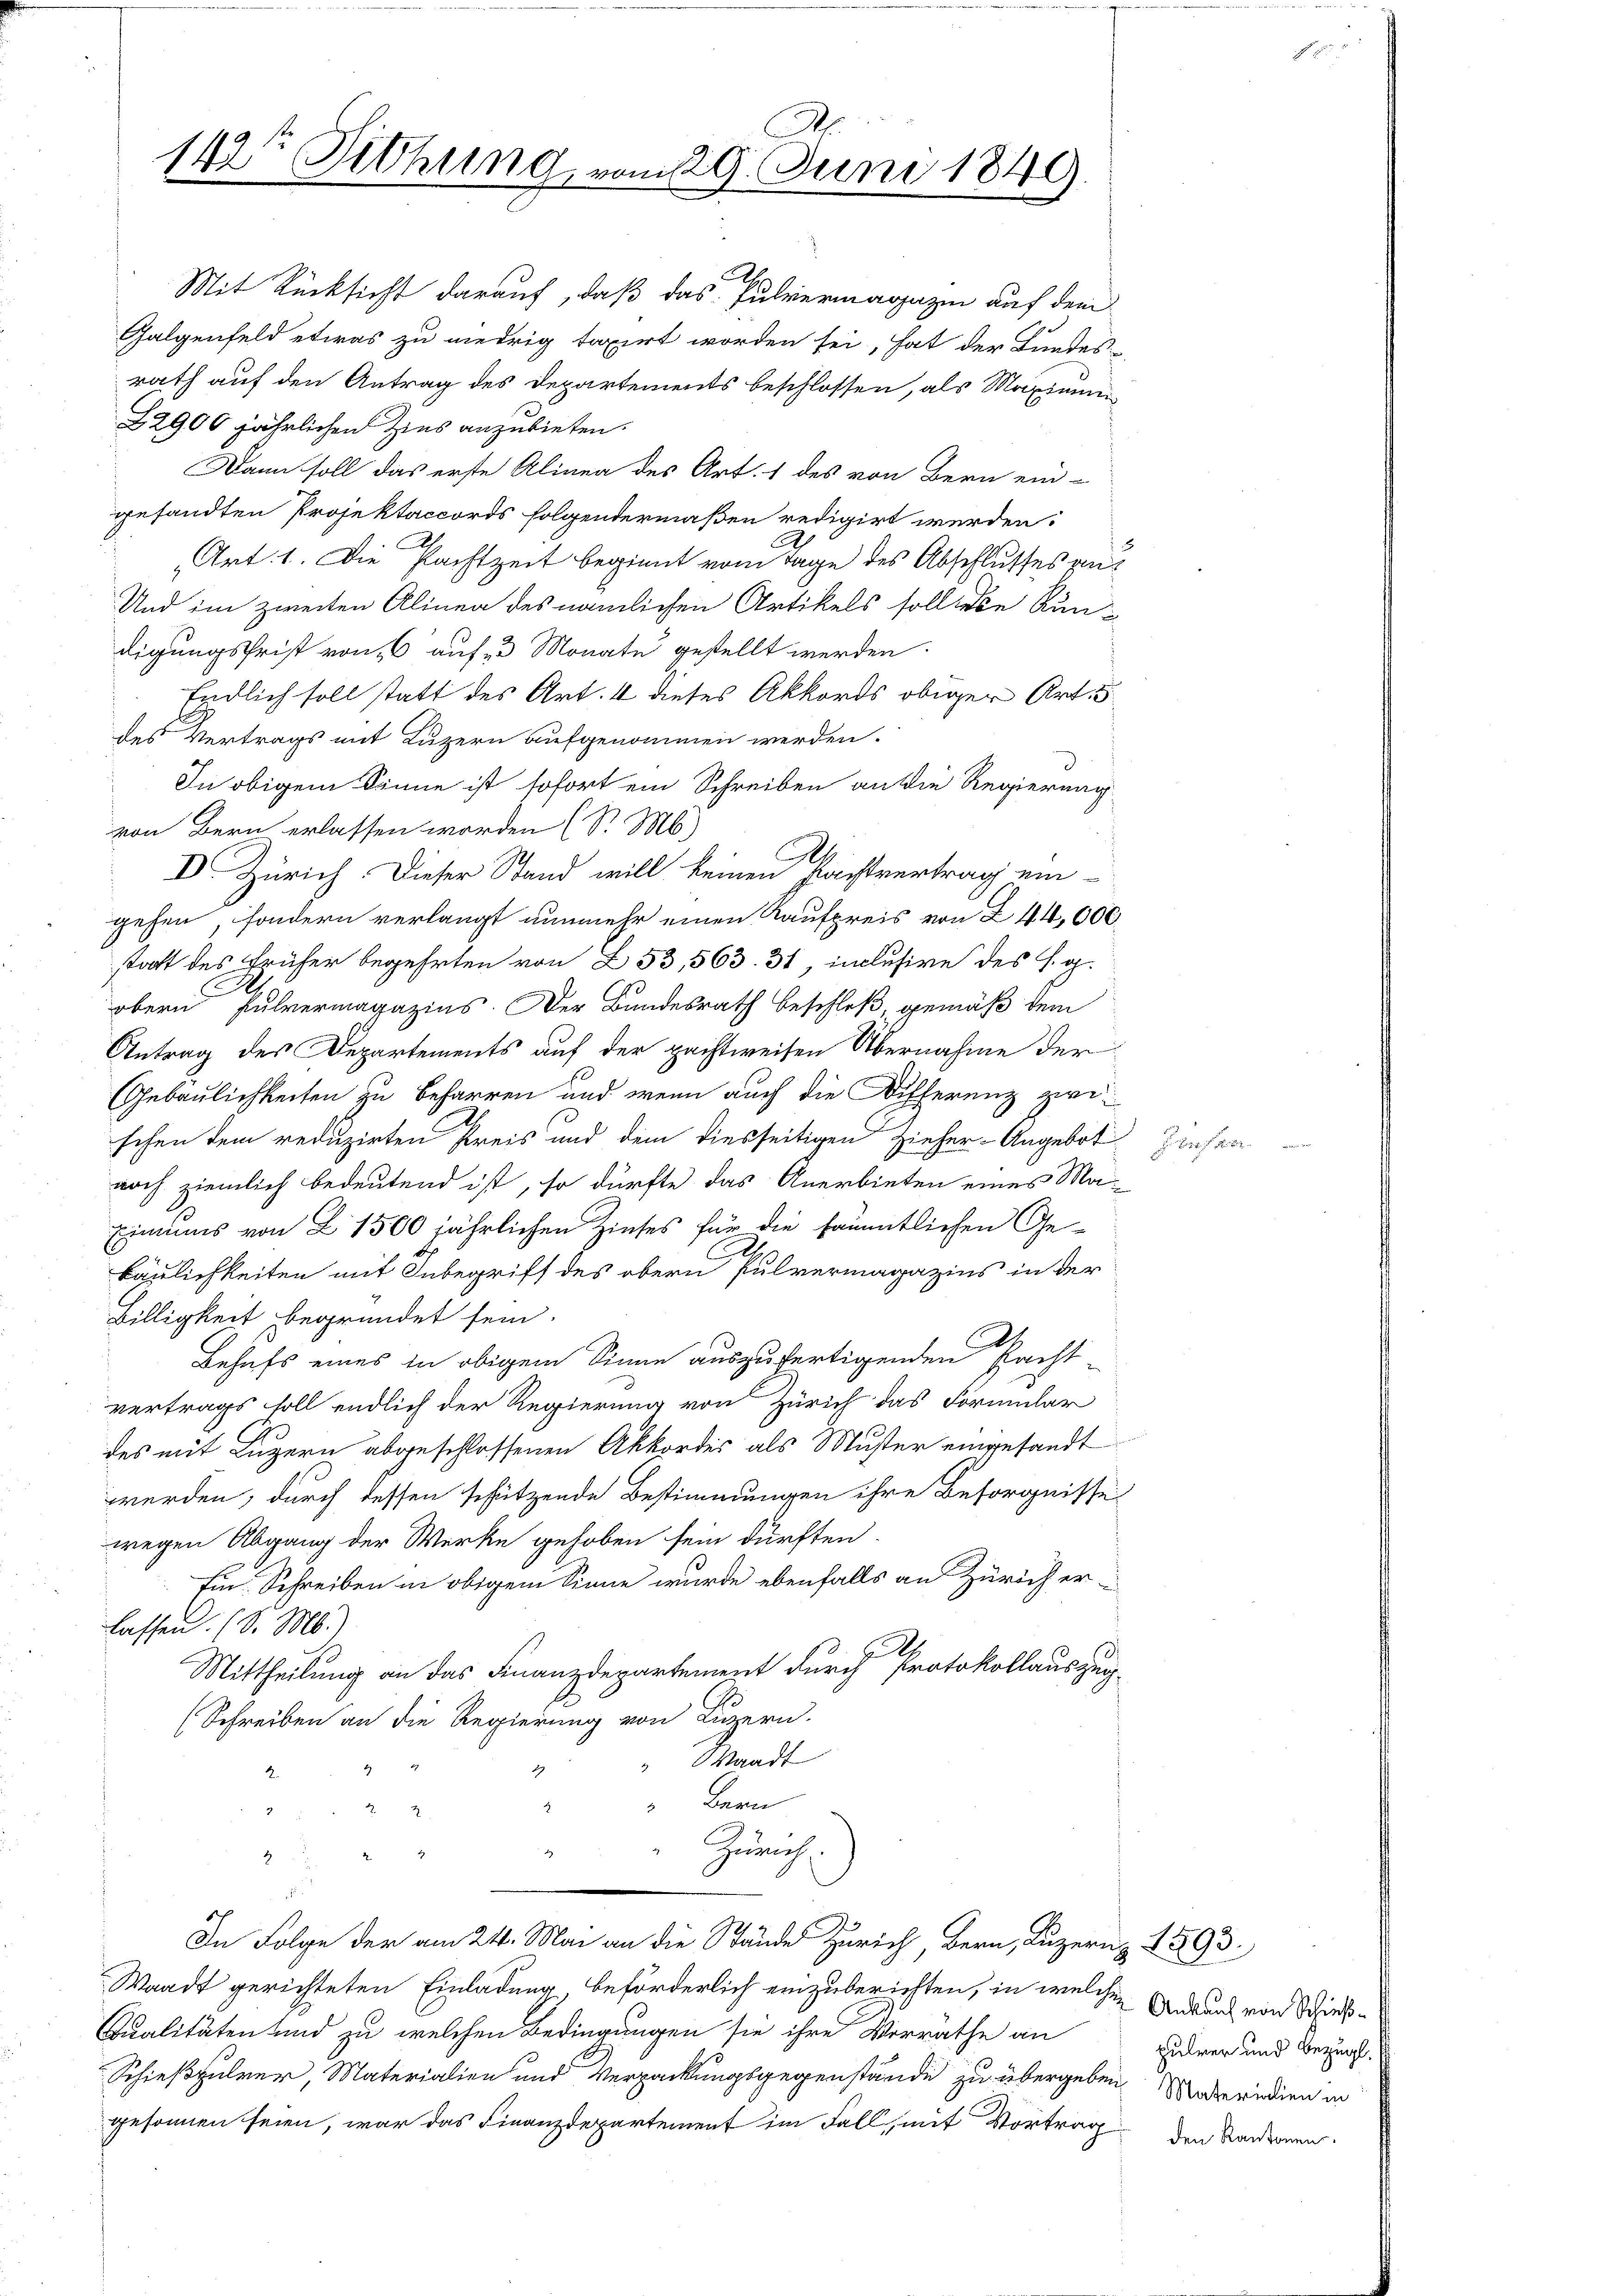
142te Sitzung vom 29. Juni 1849.

.
Mit Rücksicht darauf, daß das Pulvermagazin auf dem
Galgenfeld etwas zu niedrig taxirt worden sei, hat der Bundes-
rath auf den Antrag des Departements beschlossen, als Maximum
22900 jährlichen Zins anzubieten.
Dann soll das erste Alinen des Art. 1 des von Bern ein-
gesandten Projektaccords folgendermaßen redigirt werden:
Art. 1. Die Pachtzeit beginnt vom Tage des Abschlusses an¬
Und im zweiten Alinen des nämlichen Artikels solliebe Rundigungsfrist von 6 auf 3 Monate gestellt werden.
Endlich soll statt des Art. 4 dieses Akkords obiger Art. 5
des Vertrags mit Luzern aufgenommen werden.
In obigem könne ist sofort ein Schreiben an die Regierung
von Bern erlassen worden (S. M.)
D. Zürich. Dieser Stand will keinen Nachtvertrag ein-
gehen, sondern verlangt nunmehr einen Kaufpreis von Z 44,000
statt des Früher begehrten von 253, 563. 31, inclusive des H. g.
obern Fulvermagazins. Der Bundesrath beschloß gemäß dem
Antrag des Departements auf der pachtweisen Übernahme der
Gebäulichkeiten zu Beharren und wenn auch die Differenz zwischen dem reduzirten Preis und dem diesseitigen Zieher-Angebot
noch ziemlich bedeutend ist, so dürfte das Anerbieten eines Ma-
Einaus von L 1500 jährlichen Zinses für die sämmtlichen Ge-
bäulichkeiten mit Inbegriff des obern Pulvermagazins in der
Billigkeit begründet sein.
Behufs eines in obigem Sinne auszufertigenden Pacht-
vertrags soll endlich der Regierung von Zürich das Formular
des mit Luzern abgeschlossenen Akkordis als Muster eingesandt
werden, durch dessen schützende Bestimmungen ihre Besorgnisse
wegen Abgang der Werke gehoben sein dürften.
Ein Schreiben in obigem Sinne wurde ebenfalls an Zürich erlassen. (S. M.)
Mittheilung an das Finanzdepartement durch Protokollauszug
(Schreiben an die Regierung von Luzern.
" Waadt
19
" Bern
i
Zürich

2
2.
In Folge der am 24. Mai an die Stände Zürich, Bern, Luzern 1893.
Waadt gerichteten Einladung, beförderlich einzuberichten, in welchen Ankung von Schieß¬
Qualitäten und zu welchen Bedingungen sie ihre Verräthe an
Schießpulver, Materialien und Verpackungsgegenstände zu übergeben oderndien in
gesonnen seien, war das Finanzdepartement im Fall, mit Vortrag den Radionen

F. Der

pulver und bezügl.